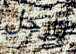
يارجل